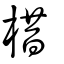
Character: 棤